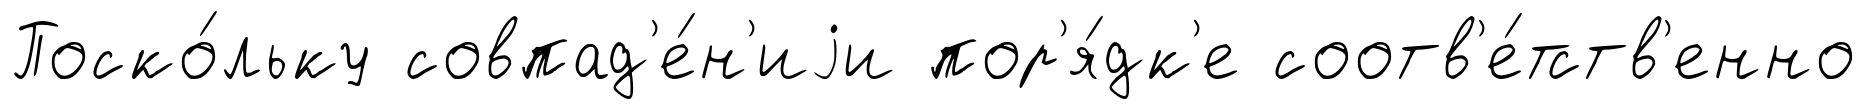
Поско́льку совпад'е́н'иjи пор'я́дк'е соотв'е́тств'енно